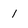
Character: 1